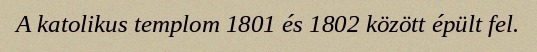
A katolikus templom 1801 és 1802 között épült fel.